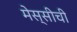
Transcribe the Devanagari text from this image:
मेस्सीची